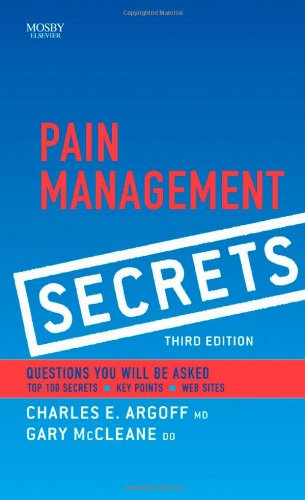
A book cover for Pain Management Secrets, 3e; Andrew Dubin; Medical Books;